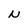
Character: N